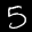
Label: 5